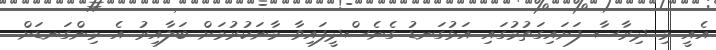
އެއީ މި ދިރާސާ ފަށައިގަތުމުގައި އަޅުގަނޑު ގެނެސްދީފައިވާ މާނަކުރުމަށް ބަލާއިރު އެ މިންގަނޑަށް